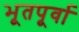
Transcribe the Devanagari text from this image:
भूतपूर्वा